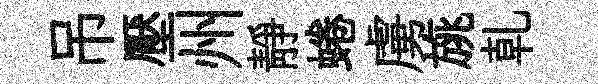
吊壓州靜蜷虜旐乹